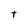
Character: t